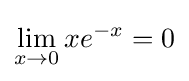
\lim _{x\to 0}xe^{-x}=0